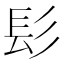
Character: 髟